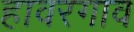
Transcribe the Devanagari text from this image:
हावरगाव